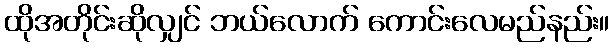
ထိုအတိုင်းဆိုလျှင် ဘယ်လောက် ကောင်းလေမည်နည်း။